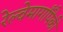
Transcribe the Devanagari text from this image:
रेल्वेमार्गांपैकी